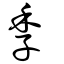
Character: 季